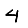
Digit: 4